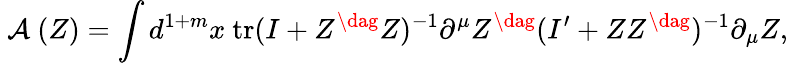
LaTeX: \mathrm{~\cal{A}~}(Z)=\int d^{1+m}x\ \mathrm{tr}(I+Z^{\dag}Z)^{-1}\partial^{\mu}Z^{\dag}(I^{\prime}+ZZ^{\dag})^{-1}\partial_{\mu}Z,